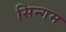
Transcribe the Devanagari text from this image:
सिन्गम